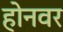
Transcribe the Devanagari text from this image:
होनवर